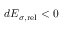
d { \cal E } _ { \sigma , \mathrm { r e l } } < 0